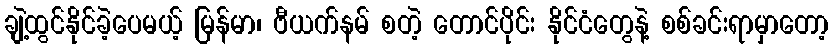
ချဲ့ထွင်နိုင်ခဲ့ပေမယ့် မြန်မာ၊ ဗီယက်နမ် စတဲ့ တောင်ပိုင်း နိုင်ငံတွေနဲ့ စစ်ခင်းရာမှာတော့